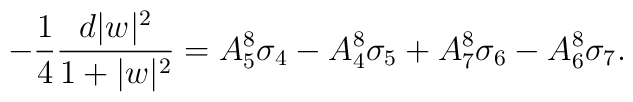
-{{1}\over{4}}{{d|w|^2}\over{1+|w|^2}}=A_5^8\sigma_4-A_4^8\sigma_5+A_7^8\sigma_6-A_6^8\sigma_7.